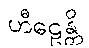
ဟီဠေန္တိ